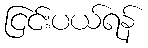
ငြင်းပယ်ရန်